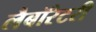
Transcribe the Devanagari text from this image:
लैबॉरेटरी